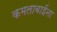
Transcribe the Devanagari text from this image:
कमलाबाईंना